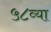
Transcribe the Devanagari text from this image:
५८व्या